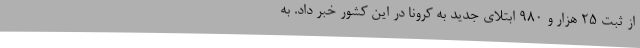
از ثبت ۲۵ هزار و ۹۸۰ ابتلای جدید به کرونا در این کشور خبر داد. به